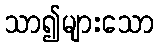
သာ၍များသော